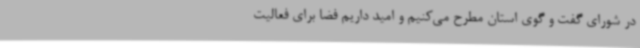
در شورای گفت و گوی استان مطرح می‌کنیم و امید داریم فضا برای فعالیت